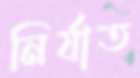
নির্যাত